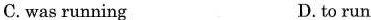
C. was running D. to run